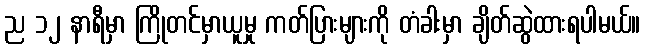
ည ၁၂ နာရီမှာ ကြိုတင်မှာယူမှု ကတ်ပြားများကို တံခါးမှာ ချိတ်ဆွဲထားရပါမယ်။